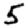
Digit: 5